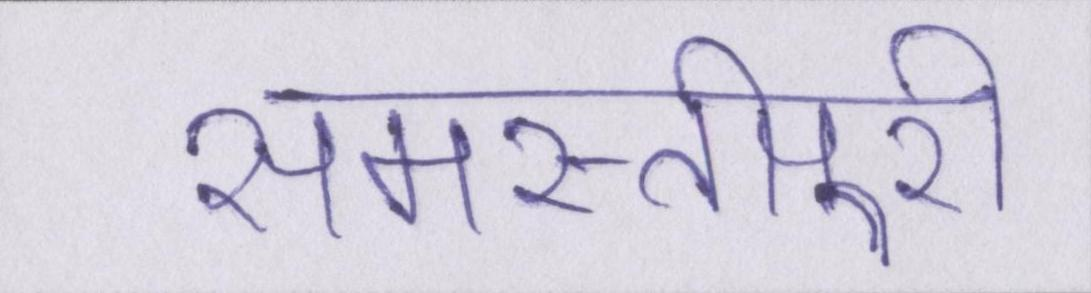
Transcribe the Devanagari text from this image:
समस्तीपुरी